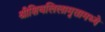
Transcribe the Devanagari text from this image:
श्रीशिवलिलामृतामध्ये